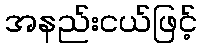
အနည်းငယ်ဖြင့်